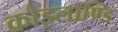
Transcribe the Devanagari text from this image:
कोइलाण्डि